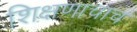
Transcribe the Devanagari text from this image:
शिक्षणाचाच